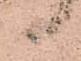
候